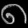
Digit: ၈